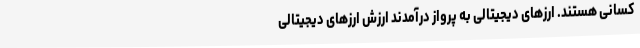
کسانی هستند. ارزهای دیجیتالی به پرواز درآمدند ارزش ارزهای دیجیتالی